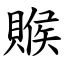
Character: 䞀